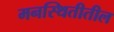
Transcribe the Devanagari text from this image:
मनस्थितीतील